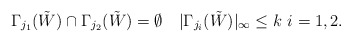
\begin{align*}\Gamma_{j_1}(\tilde{W}) \cap \Gamma_{j_2}(\tilde{W}) = \emptyset \ \ \ |\Gamma_{j_i}(\tilde{W})|_\infty \le k \ i=1,2.\end{align*}